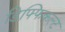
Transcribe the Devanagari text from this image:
डिफ्फिकल्ट